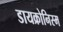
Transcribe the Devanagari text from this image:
डायक्रोनिस्म